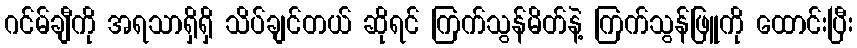
ဂင်မ်ချီကို အရသာရှိရှိ သိပ်ချင်တယ် ဆိုရင် ကြက်သွန်မိတ်နဲ့ ကြက်သွန်ဖြူကို ထောင်းပြီး